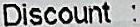
DISCOUNT :